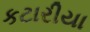
કટારીયા